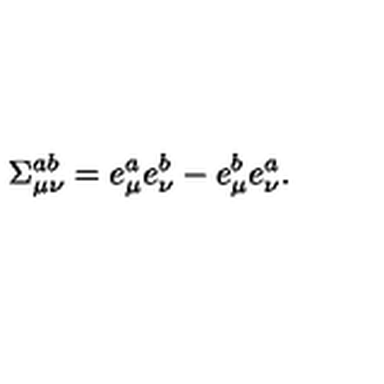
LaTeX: \Sigma _ { \mu \nu } ^ { a b } = e _ { \mu } ^ { a } e _ { \nu } ^ { b } - e _ { \mu } ^ { b } e _ { \nu } ^ { a } .